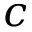
c